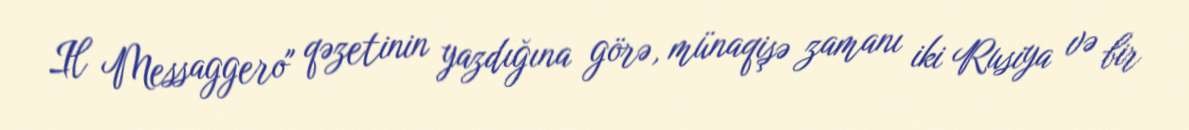
Il Messaggero" qəzetinin yazdığına görə, münaqişə zamanı iki Rusiya və bir